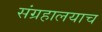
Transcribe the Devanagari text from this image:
संग्रहालयाच